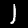
Label: 1